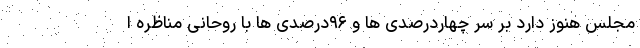
مجلس هنوز دارد بر سر چهاردرصدی ها و ۹۶درصدی ها با روحانی مناظره ا